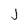
Character: j